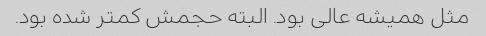
مثل همیشه عالی بود. البته حجمش کمتر شده بود.